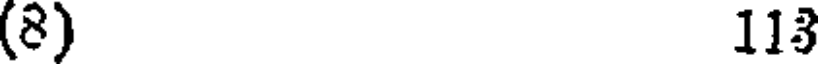
(8) 113